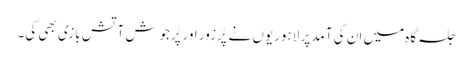
جلسہ گاہ میں ان کی آمد پر لاہوریوں نے پُرزور اور پُرجوش آتش بازی بھی کی۔